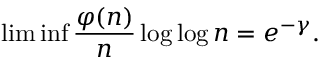
\operatorname* { l i m } \operatorname* { i n f } { \frac { \varphi ( n ) } { n } } \log \log n = e ^ { - \gamma } .